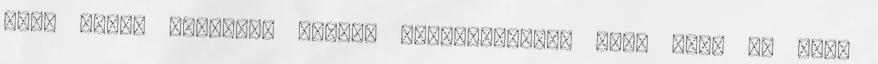
szem körül származó ráncok Cosmeceutical krém krém az első